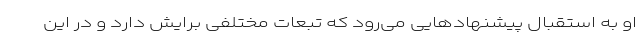
او به استقبال پیشنهادهایی می‌رود که تبعات مختلفی برایش دارد و در این